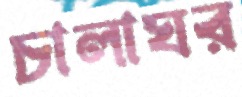
চালাঘর